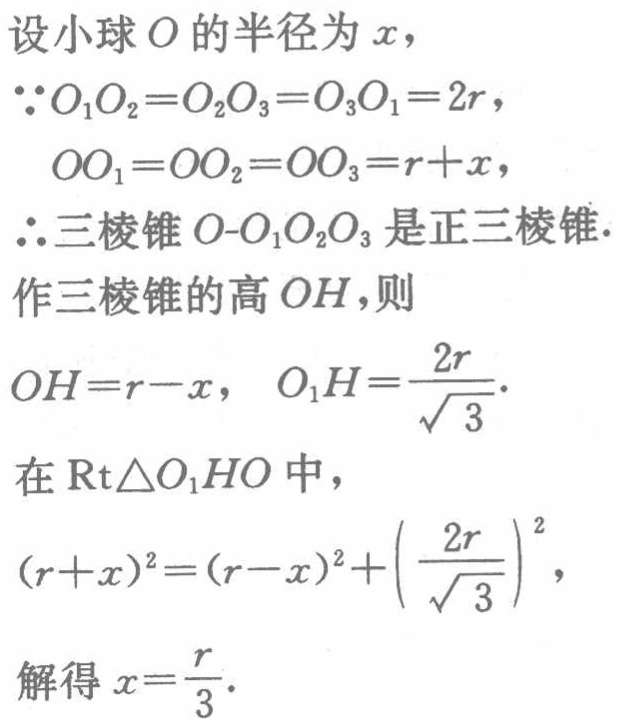
设小球\(O\)的半径为\(x\)，

\(\because O_{1}O_{2}=O_{2}O_{3}=O_{3}O_{1}=2r\)，

\(OO_{1}=OO_{2}=OO_{3}=r + x\)，

\(\therefore\)三棱锥\(O - O_{1}O_{2}O_{3}\)是正三棱锥.

作三棱锥的高\(OH\)，则

\(OH = r - x\)，\(O_{1}H=\frac{2r}{\sqrt{3}}\).

在\(\text{Rt}\triangle O_{1}HO\)中，

\((r + x)^{2}=(r - x)^{2}+\left(\frac{2r}{\sqrt{3}}\right)^{2}\)，

解得\(x = \frac{r}{3}\).